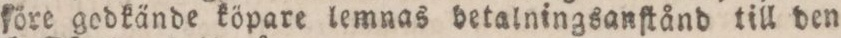
före godkände köpare lemnas betalningsanſtånd till den